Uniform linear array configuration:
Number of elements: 64
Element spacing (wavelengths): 0.5
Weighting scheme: cosine
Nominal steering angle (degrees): -15
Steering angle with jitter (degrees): -13.781
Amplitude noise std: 0.05
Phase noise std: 0.05

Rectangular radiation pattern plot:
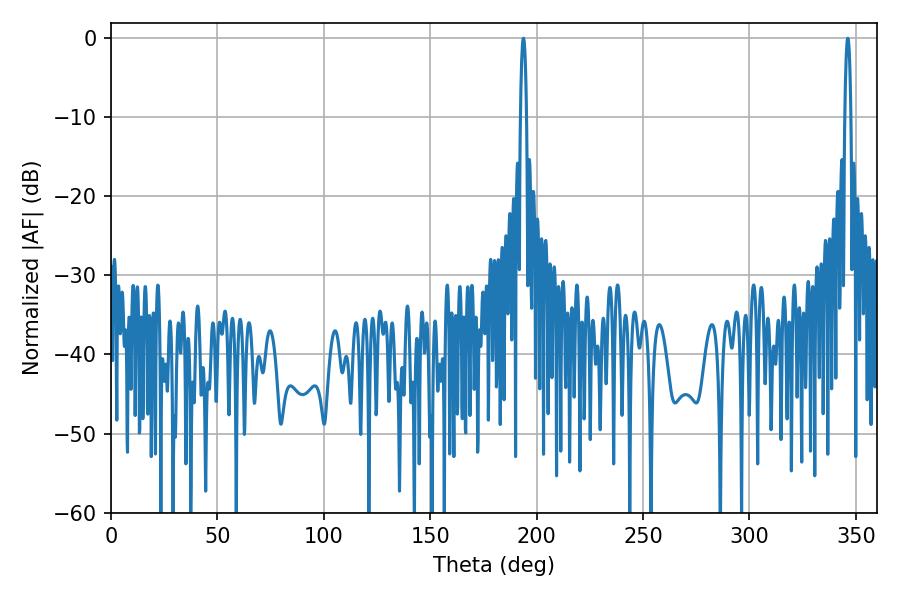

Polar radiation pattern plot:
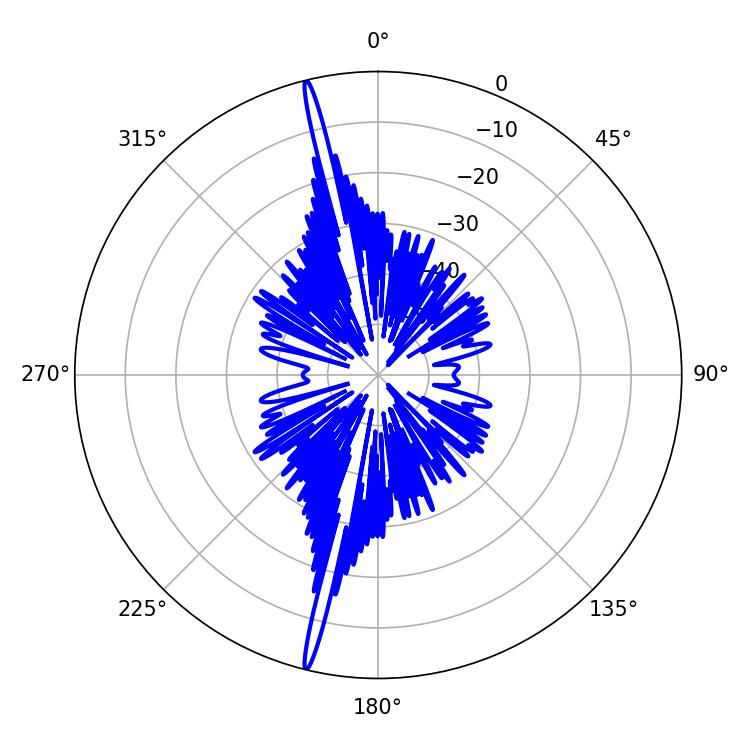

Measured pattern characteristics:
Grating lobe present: FALSE
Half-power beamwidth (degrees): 1.62
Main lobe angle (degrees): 193.86